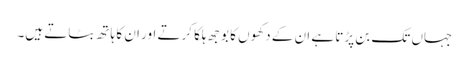
جہاں تک بن پڑتا ہے ان کے دکھوں کا بوجھ ہلکا کرتے اور ان کا ہاتھ بٹاتے ہیں۔